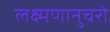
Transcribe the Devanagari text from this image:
लक्ष्मणानुचरो